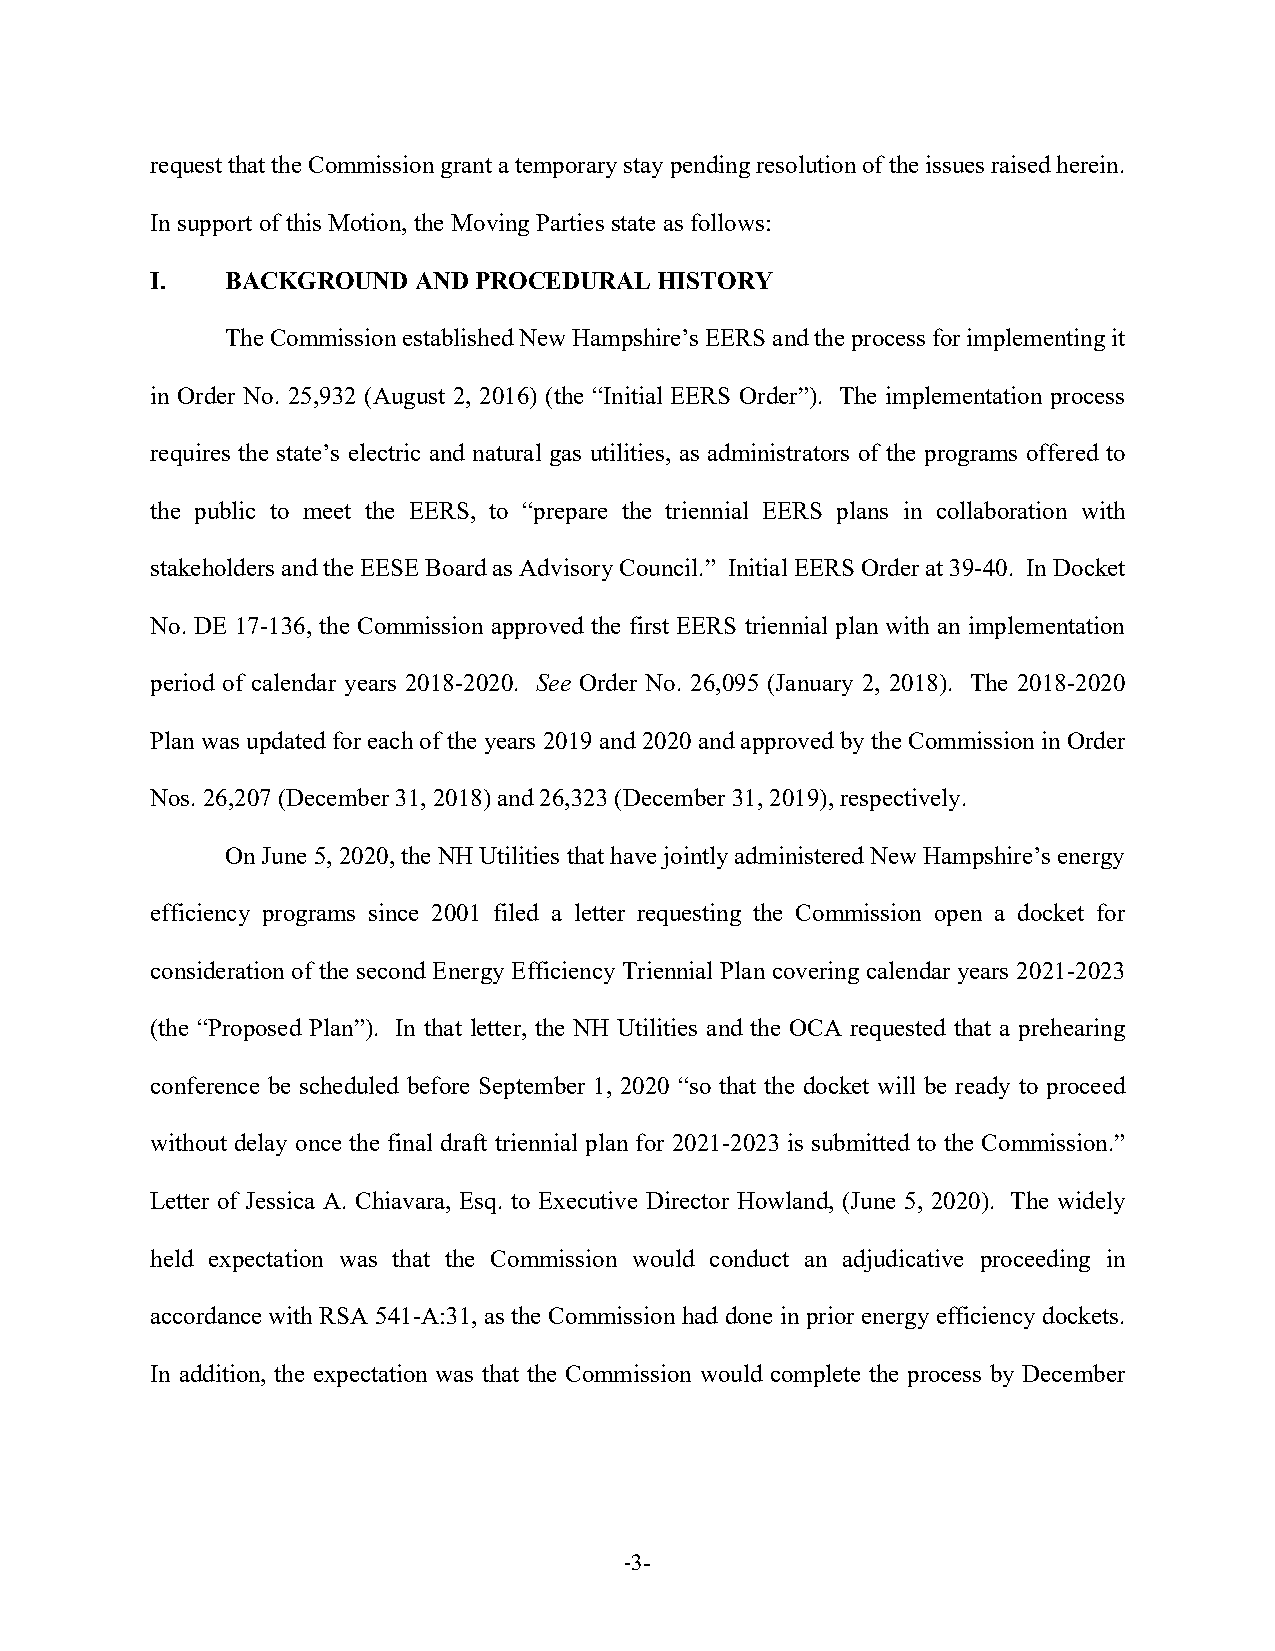
request that the Commission grant a temporary stay pending resolution of the issues raised herein.
 In support of this Motion, the Moving Parties state as follows:
 I.   BACKGROUND  AND PROCEDURAL   HISTORY
 The Commission established New Hampshire’s EERS and the process for implementing it
 in Order No. 25,932 (August 2, 2016) (the “Initial EERS Order”). The implementation process
 requires the state’s electric and natural gas utilities, as administrators of the programs offered to
 the public to meet the EERS, to “prepare the triennial EERS plans in collaboration with
 stakeholders and the EESE Board as Advisory Council.” Initial EERS Order at 39-40. In Docket
 No. DE 17-136, the Commission approved the first EERS triennial plan with an implementation
 period of calendar years 2018-2020. See Order No. 26,095 (January 2, 2018). The 2018-2020
 Plan was updated for each of the years 2019 and 2020 and approved by the Commission in Order
 Nos. 26,207 (December 31, 2018) and 26,323 (December 31, 2019), respectively.
 On June 5, 2020, the NH Utilities that have jointly administered New Hampshire’s energy
 efficiency programs since 2001 filed a letter requesting the Commission open a docket for
 consideration of the second Energy Efficiency Triennial Plan covering calendar years 2021-2023
 (the “Proposed Plan”). In that letter, the NH Utilities and the OCA requested that a prehearing
 conference be scheduled before September 1, 2020 “so that the docket will be ready to proceed
 without delay once the final draft triennial plan for 2021-2023 is submitted to the Commission.”
 Letter of Jessica A. Chiavara, Esq. to Executive Director Howland, (June 5, 2020). The widely
 held expectation was that the Commission would conduct an adjudicative proceeding in
 accordance with RSA 541-A:31, as the Commission had done in prior energy efficiency dockets.
 In addition, the expectation was that the Commission would complete the process by December
 -3-